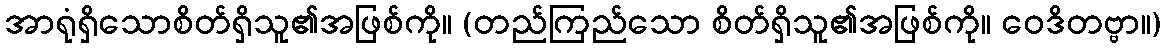
အာရုံရှိသောစိတ်ရှိသူ၏အဖြစ်ကို။ (တည်ကြည်သော စိတ်ရှိသူ၏အဖြစ်ကို။ ဝေဒိတဗ္ဗာ။)